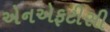
એનએફટીસી